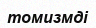
томизмді